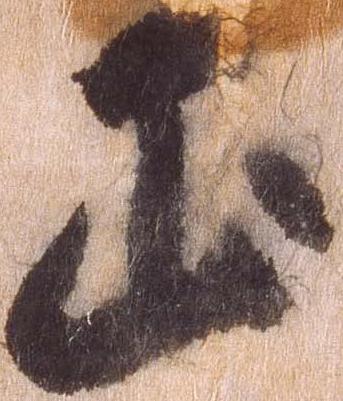
正